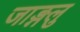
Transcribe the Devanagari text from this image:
जाङ्गलु